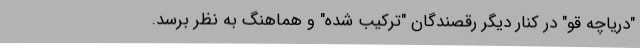
"دریاچه قو" در کنار دیگر رقصندگان "ترکیب شده" و هماهنگ به نظر برسد.